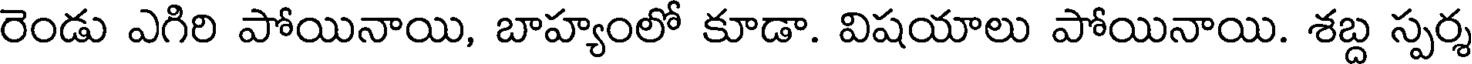
రెండు ఎగిరి పోయినాయి, బాహ్యంలో కూడా. విషయాలు పోయినాయి. శబ్ద స్పర్శ